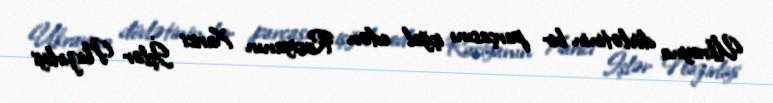
Ukrayna dövlətinin bir parçasını işğal edən Rusiyanın Xarici İşlər Nazirliyi